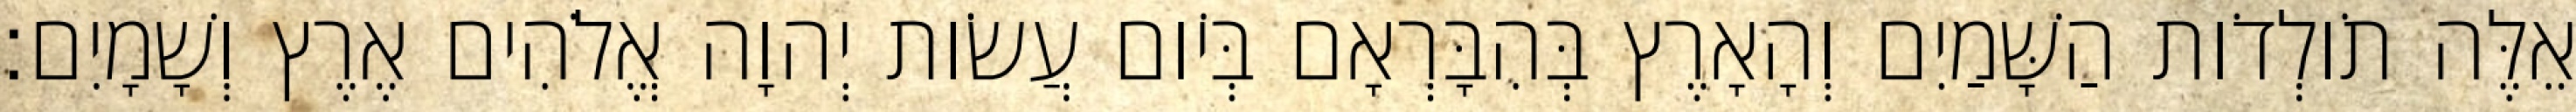
אֵלֶּה תֹולְדֹות הַשָּׁמַיִם וְהָאָרֶץ בְּהִבָּרְאָם בְּיֹום עֲשֹׂות יְהוָה אֱלֹהִים אֶרֶץ וְשָׁמָיִם׃